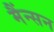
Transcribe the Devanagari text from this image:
मैंन्सन